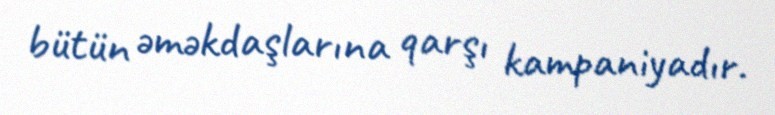
bütün əməkdaşlarına qarşı kampaniyadır.